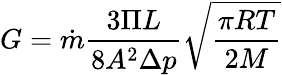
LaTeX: G=\dot{m}\frac{3\Pi L}{8A^{2}\Delta p}\sqrt{\frac{\pi RT}{2M}}